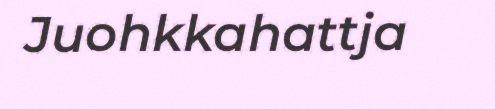
Juohkkahattja